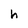
Character: h